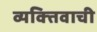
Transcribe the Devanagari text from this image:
व्यक्‍तिवाची